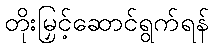
တိုးမြှင့်ဆောင်ရွက်ရန်